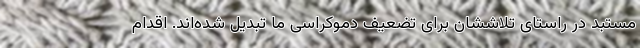
مستبد در راستای تلاششان برای تضعیف دموکراسی ما تبدیل شده‌اند. اقدام